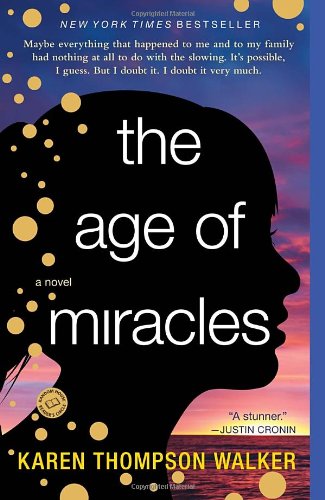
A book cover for The Age of Miracles: A Novel; Karen Thompson Walker; Science Fiction & Fantasy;